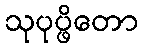
သုပုပ္ဖိတော